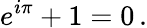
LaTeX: \displaystyle e^{i\pi}+1=0\, .